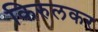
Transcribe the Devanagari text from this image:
किरुलकर